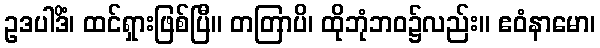
ဥဒပါဒိံ၊ ထင်ရှားဖြစ်ပြီ။ တတြာပိ၊ ထိုဘုံဘဝ၌လည်း။ ဧဝံနာမော၊